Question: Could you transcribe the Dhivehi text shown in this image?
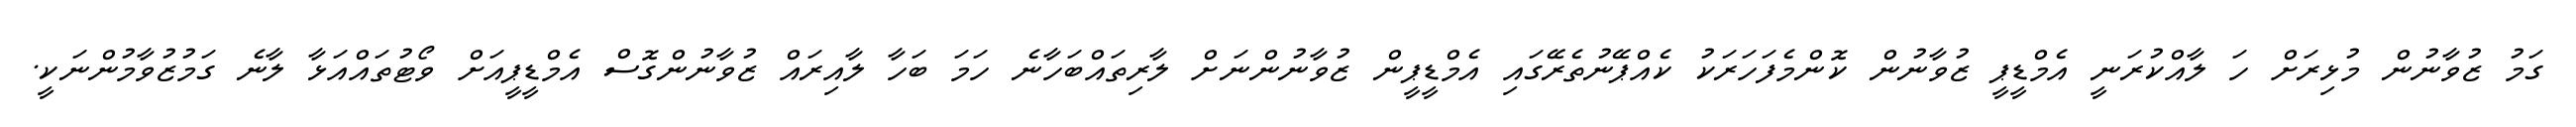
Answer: ގަމު ޒުވާނުން މުޅިރަށް ހަ ލާއްކުރަނީ އެމްޑީޕީ ޒުވާނުން ކޮންމެފަހަރަކު ކެއްޕޭނުތެރޭގައި އެމްޑީޕީން ޒުވާނުންނަށް ލާރިތައްބަހާނެ ހަމަ ބަހާ ލާއިރައް ޒުވާނުންގޮސް އެމްޑީޕީއަށް ވޯޓުތައްއަޅާ ލާނެ ގަމުޒުވާމުންނަކީ.